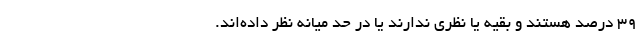
۳۹ درصد هستند و بقیه یا نظری ندارند یا در حد میانه نظر داده‌اند.